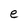
Character: e